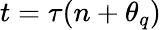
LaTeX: t=\tau(n+\theta_{q})